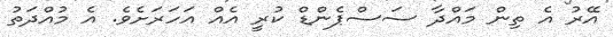
އޭރު އެ ތިން މައްދާ ސަސްޕެންޑް ކުރީ އެއް އަހަރަށެވެ. އެ މުއްދަތު